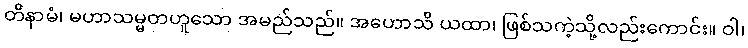
တိနာမံ၊ မဟာသမ္မတဟူသော အမည်သည်။ အဟောသိ ယထာ၊ ဖြစ်သကဲ့သို့လည်းကောင်း။ ဝါ၊